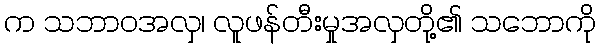
က သဘာဝအလှ၊ လူဖန်တီးမှုအလှတို့၏ သဘောကို